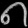
Digit: ၈